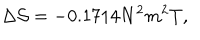
\Delta { \cal S } = - 0 . 1 7 1 4 N ^ { 2 } m ^ { 2 } T ,